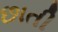
છાતી